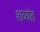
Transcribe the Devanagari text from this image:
शव्योत